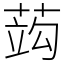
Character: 𦵑